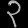
Digit: ၃